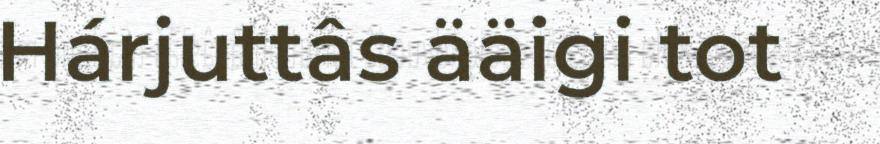
Hárjuttâs ääigi tot